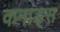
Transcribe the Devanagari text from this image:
कमांड्‌स